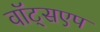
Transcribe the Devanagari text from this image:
वॉट्सएप